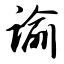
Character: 谕